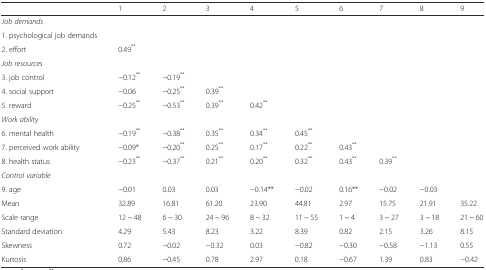
|  | 1 | 2 | 3 | 4 | 5 | 6 | 7 | 8 | 9 |
 | --- | --- | --- | --- | --- | --- | --- | --- | --- | --- |
 | <COLSPAN=10> Job demands |
 | 1. psychological job demands |  |  |  |  |  |  |  |  |  |
 | 2. effort | 0.49** |  |  |  |  |  |  |  |  |
 | <COLSPAN=10> Job resources |
 | 3. job control | −0.12** | −0.19** |  |  |  |  |  |  |  |
 | 4. social support | −0.06 | −0.25** | 0.39** |  |  |  |  |  |  |
 | 5. reward | −0.25** | −0.53** | 0.39** | 0.42** |  |  |  |  |  |
 | <COLSPAN=10> Work ability |
 | 6. mental health | −0.19** | −0.38** | 0.35** | 0.34** | 0.45** |  |  |  |  |
 | 7. perceived work ability | −0.09* | −0.20** | 0.25** | 0.17** | 0.22** | 0.43** |  |  |  |
 | 8. health status | −0.23** | −0.37** | 0.21** | 0.20** | 0.32** | 0.43** | 0.39** |  |  |
 | <COLSPAN=10> Control variable |
 | 9. age | −0.01 | 0.03 | 0.03 | −0.14** | −0.02 | 0.16** | −0.02 | −0.03 |  |
 | Mean | 32.89 | 16.81 | 61.20 | 23.90 | 44.81 | 2.97 | 15.75 | 21.91 | 35.22 |
 | Scale range | 12 ~ 48 | 6 ~ 30 | 24 ~ 96 | 8 ~ 32 | 11 ~ 55 | 1 ~ 4 | 3 ~ 27 | 3 ~ 18 | 21 ~ 60 |
 | Standard deviation | 4.29 | 5.43 | 8.23 | 3.22 | 8.39 | 0.82 | 2.15 | 3.26 | 8.15 |
 | Skewness | 0.72 | −0.02 | −0.32 | 0.03 | −0.82 | −0.30 | −0.58 | −1.13 | 0.55 |
 | Kurtosis | 0.86 | −0.45 | 0.78 | 2.97 | 0.18 | −0.67 | 1.39 | 0.83 | −0.42 |